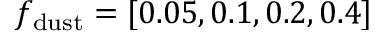
f _ { \mathrm { d u s t } } = [ 0 . 0 5 , 0 . 1 , 0 . 2 , 0 . 4 ]